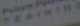
TRAINING